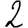
Digit: 2